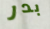
بدر